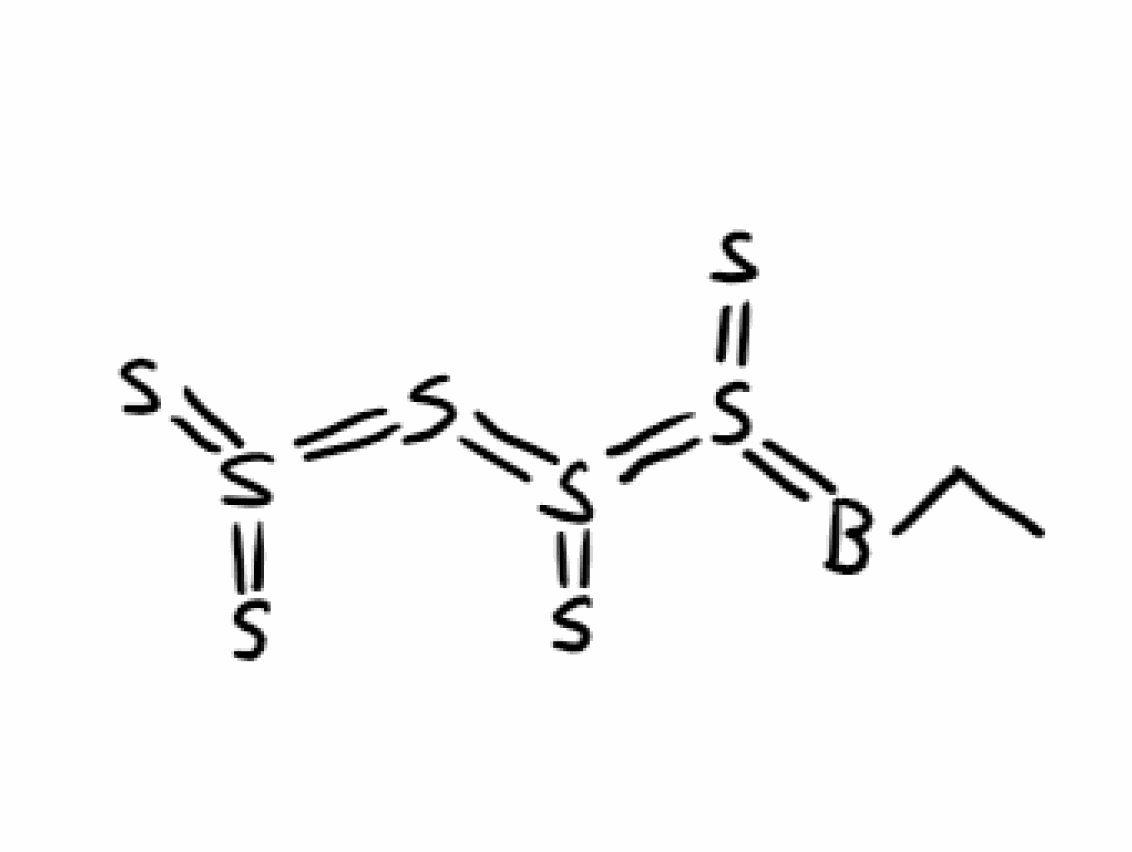
Simplified molecular-input line-entry system (SMILES) notation of the given molecule:
B(=S(=S)=S(=S)=S(=S)=S(=S)=S)CC